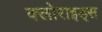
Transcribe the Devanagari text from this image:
क्लोराइड्स